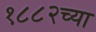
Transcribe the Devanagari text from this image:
१८८२च्या